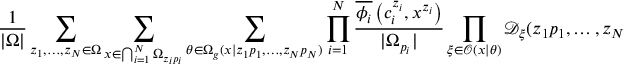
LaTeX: \frac { 1 } { | \Omega | } \sum _ { z _ { 1 } , \ldots , z _ { N } \in \Omega } \sum _ { x \in \bigcap _ { i = 1 } ^ { N } \Omega _ { z _ { i } p _ { i } } } \sum _ { \theta \in \Omega _ { g } ( x | z _ { 1 } p _ { 1 } , \ldots , z _ { N } p _ { N } ) } \prod _ { i = 1 } ^ { N } \frac { \overline { { { \phi _ { i } } } } \left( c _ { i } ^ { z _ { i } } , x ^ { z _ { i } } \right) } { | \Omega _ { p _ { i } } | } \prod _ { \xi \in \mathcal { O } ( x | \theta ) } \mathcal { D } _ { \xi } ( z _ { 1 } p _ { 1 } , \ldots , z _ { N } p _ { N } )